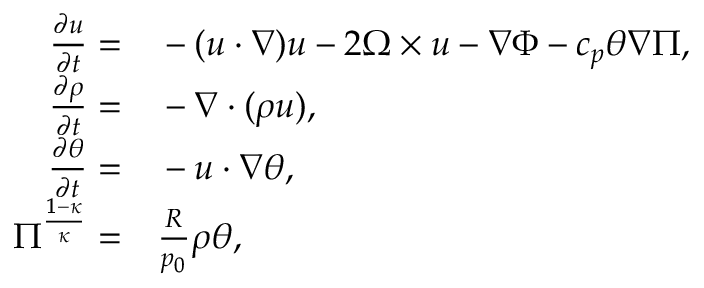
\begin{array} { r l } { \frac { \partial \boldsymbol { u } } { \partial t } = } & { { } - ( \boldsymbol { u } \cdot \nabla ) \boldsymbol { u } - 2 \boldsymbol { \Omega } \times \boldsymbol { u } - \nabla \Phi - c _ { p } \theta \nabla \Pi , } \\ { \frac { \partial \rho } { \partial t } = } & { { } - \nabla \cdot ( \rho \boldsymbol { u } ) , } \\ { \frac { \partial \theta } { \partial t } = } & { { } - \boldsymbol { u } \cdot \nabla \theta , } \\ { \Pi ^ { \frac { 1 - \kappa } { \kappa } } = } & { { } \frac { R } { p _ { 0 } } \rho \theta , } \end{array}